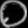
Digit: ၀